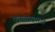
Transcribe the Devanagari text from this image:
पत्रव्यवहारांत